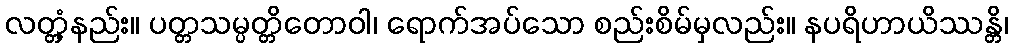
လတ္တံ့နည်း။ ပတ္တသမ္ပတ္တိတောဝါ၊ ရောက်အပ်သော စည်းစိမ်မှလည်း။ နပရိဟာယိဿန္တိ၊